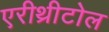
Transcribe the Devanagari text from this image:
एरीथ्रीटोल